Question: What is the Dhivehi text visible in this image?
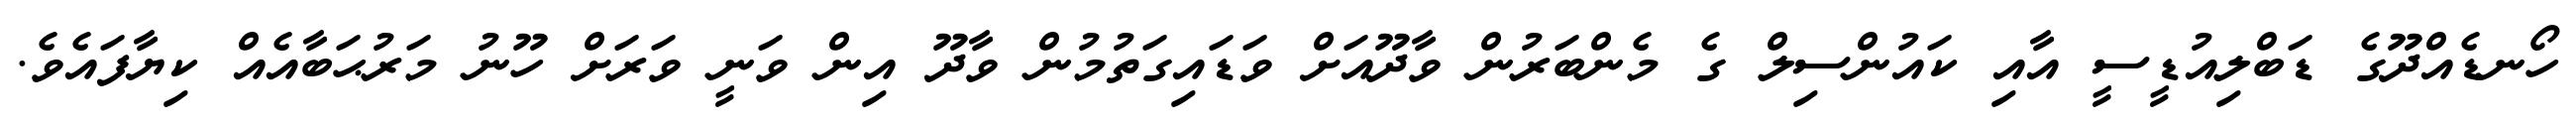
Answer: ހޯނޑެއްދޫގެ ޑަބްލިއުޑީސީ އާއި ކައުންސިލް ގެ މެންބަރުން ވާދޫއަށް ވަޑައިގަތުމުން ވާދޫ އިން ވަނީ ވަރަށް ހޫނު މަރުޙަބާއެއް ކިޔާފައެވެ.